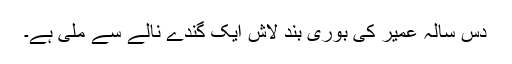
دس سالہ عمیر کی بوری بند لاش ایک گندے نالے سے ملی ہے۔